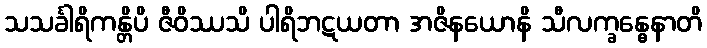
သသင်္ခါရိကန္တိပိ ဇီဝိဿသိ ပါရိဘဋယတာ အဇိနယောနိ သီလက္ခန္ဓေနာတိ